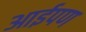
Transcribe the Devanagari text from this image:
आईपण